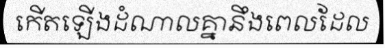
កើតឡើងដំណាលគ្នានឹងពេលដែល